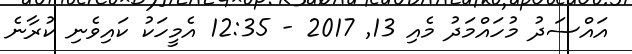
އައްސަދު މުހައްމަދު މެއި 13